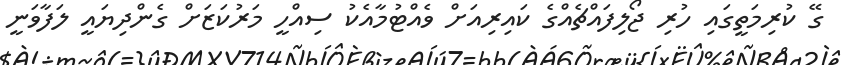
ގޭ ކުރިމަތީގައި ހުރި ޖޯލިފައްޗެއްގެ ކައިރިއަށް ވެއްޓުމާއެކު ސިއްހީ މަރުކަޒަށް ގެންދިޔައީ ލަފާވަނީ